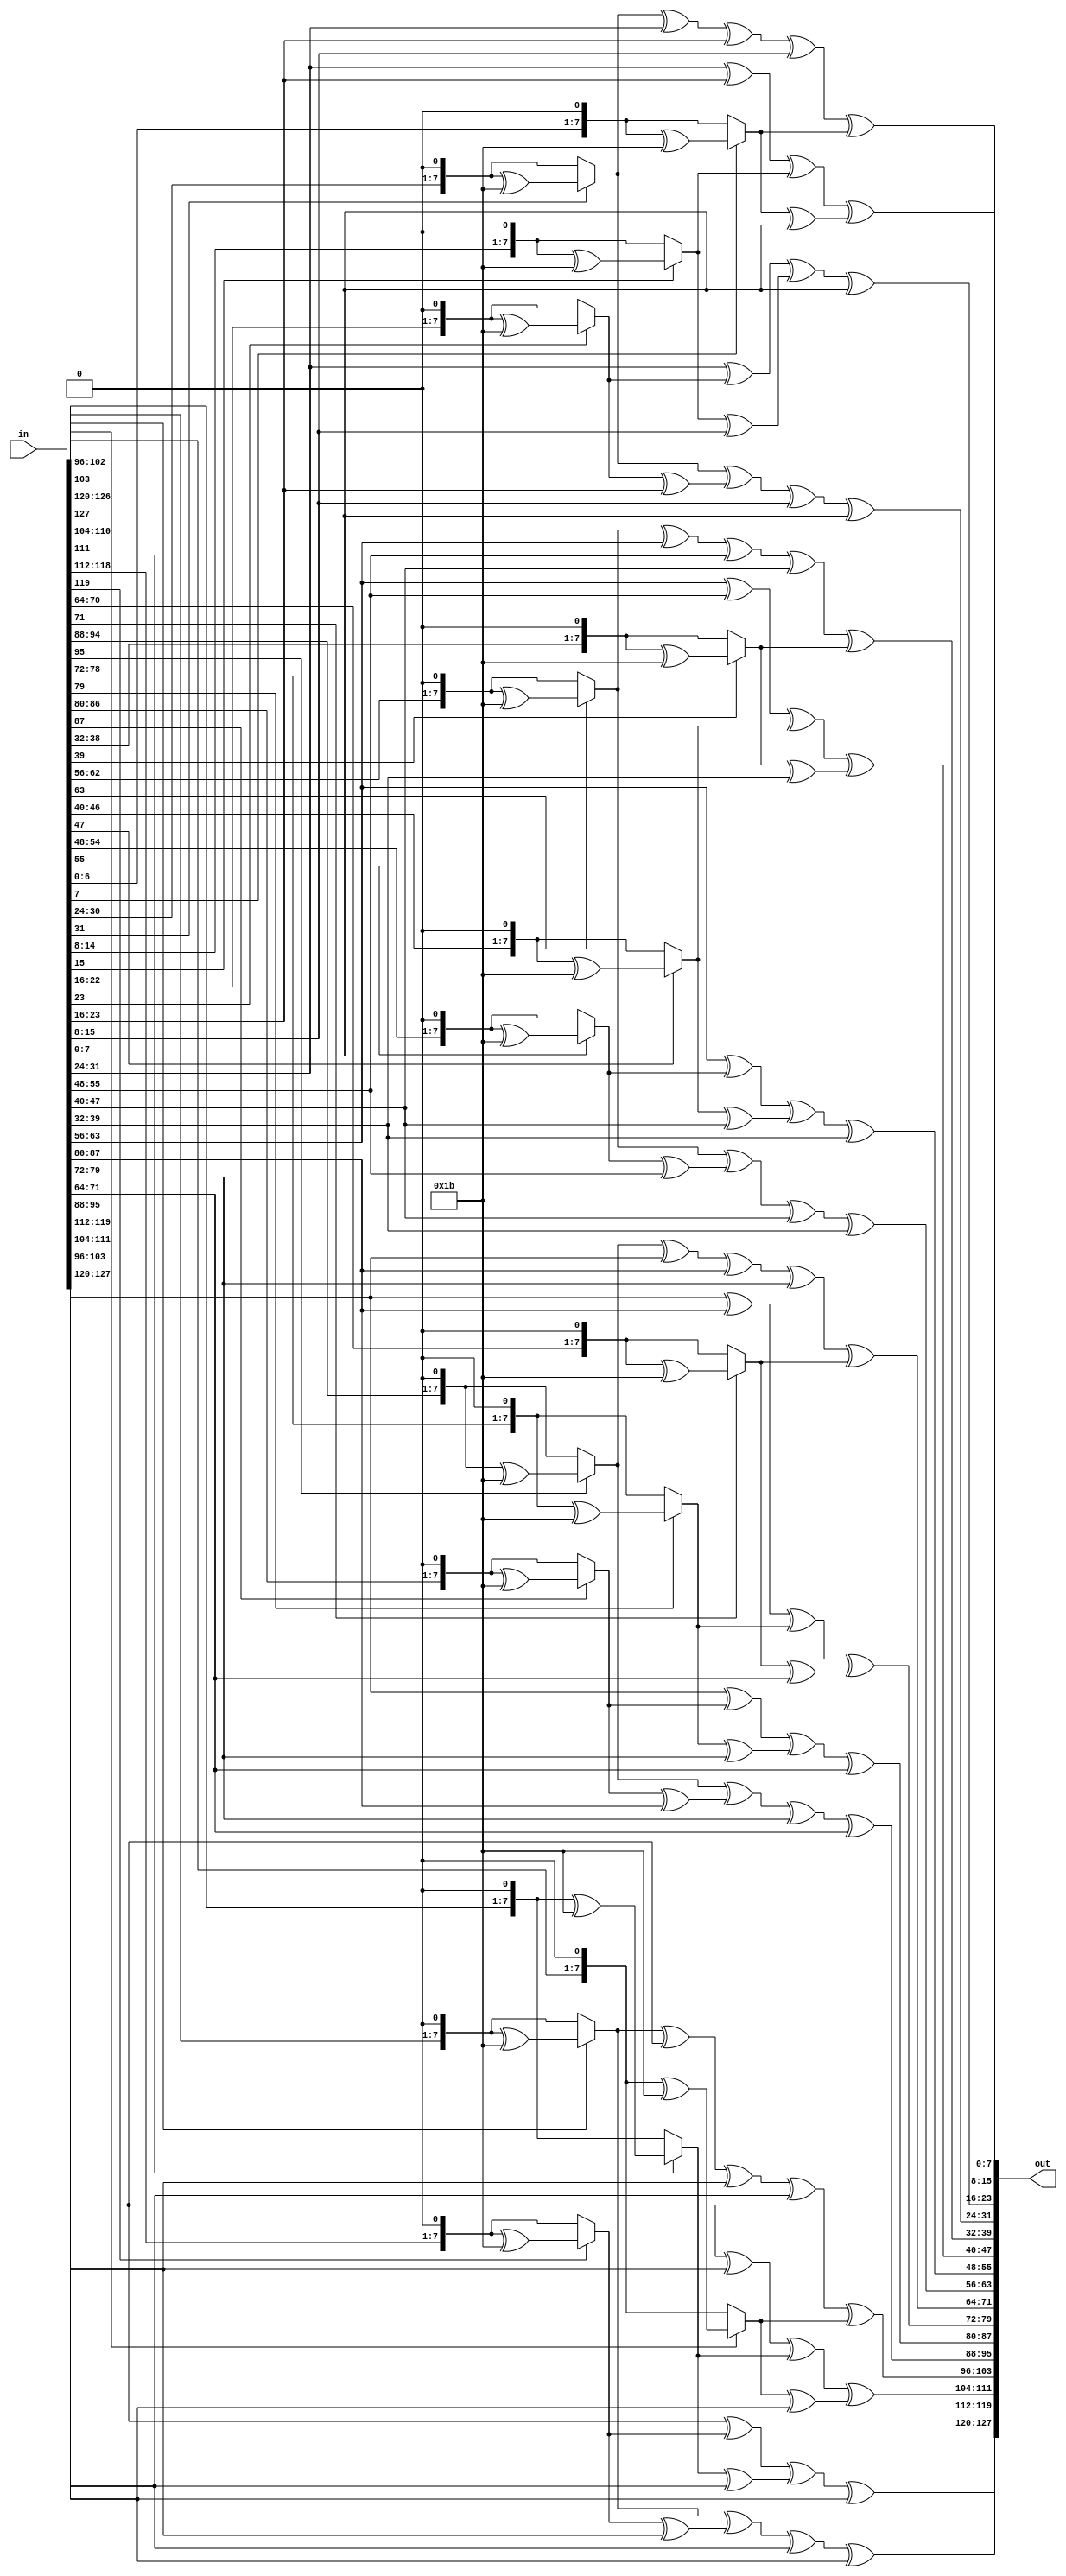
module MixColumns(in, out);

input [127:0] in;
output [127:0] out;

function [7:0] mul2;
    input [7:0] a;
    begin
        if(a[7] == 1) begin
            mul2 = (a << 1) ^ 8'h1b;
        end
        else begin
            mul2 = a << 1;
        end
    end
endfunction

function [7:0] mul3;
    input [7:0] a;
    begin
        mul3 = mul2(a) ^ a;
    end
endfunction

genvar i;
generate
    for(i = 0; i < 4; i = i + 1)
    begin: mix_columns
        assign out[(i * 32 + 24) +: 8] = mul2(in[(i * 32 + 24) +: 8]) ^ 
            mul3(in[(i * 32 + 16) +: 8]) ^ in[(i * 32 + 8) +: 8] ^ in[(i * 32) +: 8];
        
        assign out[(i * 32 + 16) +: 8] = in[(i * 32 + 24) +: 8] ^
            mul2(in[(i * 32 + 16) +: 8]) ^ mul3(in[(i * 32 + 8) +: 8]) ^ in[(i * 32) +: 8];
        
        assign out[(i * 32 + 8) +: 8] = in[(i * 32 + 24) +: 8] ^ in[(i * 32 + 16) +: 8] ^ 
            mul2(in[(i * 32 + 8) +: 8]) ^ mul3(in[(i * 32) +: 8]);

        assign out[(i * 32) +: 8] = mul3(in[(i * 32 + 24) +: 8]) ^ in[(i * 32 + 16) +: 8] ^ 
            in[(i * 32 + 8) +: 8] ^ mul2(in[(i * 32) +: 8]);
    end
endgenerate



endmodule

/*
The MixColumns function in AES (Advanced Encryption Standard) is a transformation that operates on
the State column-by-column, treating each column as a four-term polynomial.
The columns are considered as polynomials over GF(2^8) and multiplied modulo x^4+1
with a fixed polynomial a(x) = {03}x^3 + {01}x^2 + {01}x + {02}.

The multiplication by {02} (or 2 in decimal) is a special case in the field GF(2^8).
It can be implemented as a 1-bit left shift, followed by a conditional bitwise XOR
with {1b} (or 0x1b in hexadecimal) if the leftmost bit of the original byte (before the shift) is 1.
This is because the field GF(2^8) is defined with respect to the irreducible polynomial x^8 + x^4 + x^3 + x + 1,
which is {1b} in hexadecimal.

This operation ensures that multiplication by 2 in the field GF(2^8) doesn't result in a byte value greater than
{ff} (or 255 in decimal), which would not be a valid byte value. The conditional XOR with {1b} effectively
performs a modulo operation with the irreducible polynomial, ensuring the result stays within the valid range
of byte values.

The multiplication by {03} (or 3 in decimal) is implemented as a multiplication by {02} followed by a bitwise XOR
with the original byte. This is because {03} can be expressed as {02} + {01} in the field GF(2^8), and the multiplication
by {02} has already been defined.

Addition in the field GF(2^8) is equivalent to the bitwise XOR operation, which is used in the MixColumns transformation
*/